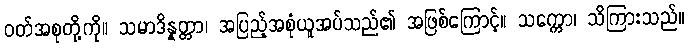
ဝတ်အစုတို့ကို။ သမာဒိန္နတ္တာ၊ အပြည့်အစုံယူအပ်သည်၏ အဖြစ်ကြောင့်။ သက္ကော၊ သိကြားသည်။